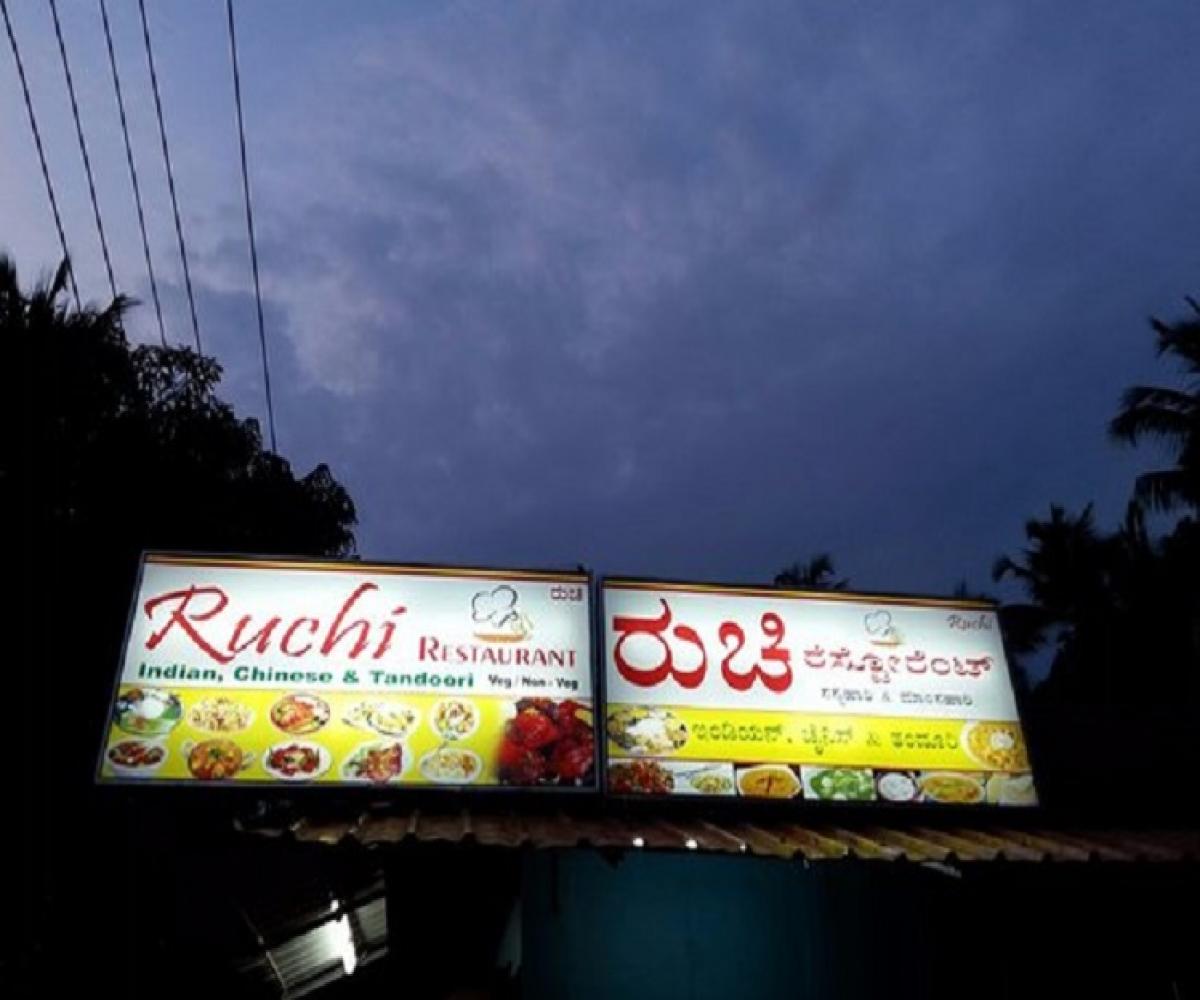
Language: kannada
Transcription: ರುಚಿ